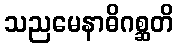
သညမေနာဓိဂစ္ဆတိ